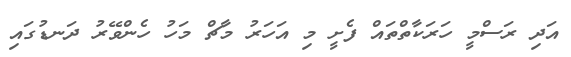
އަދި ރަސްމީ ހަރަކާތްތައް ފެށީ މި އަހަރު މާޗް މަހު ހެންވޭރު ދަނޑުގައި